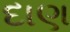
દાણ